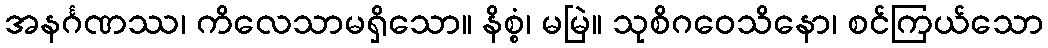
အနင်္ဂဏဿ၊ ကိလေသာမရှိသော။ နိစ္စံ၊ မမြဲ။ သုစိဂဝေသိနော၊ စင်ကြယ်သော